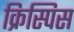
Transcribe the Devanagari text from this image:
क्रिस्पिस